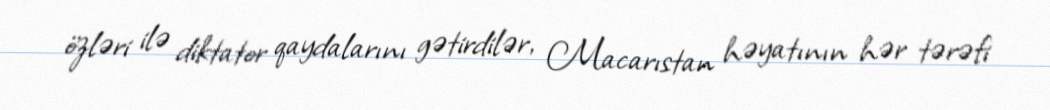
özləri ilə diktator qaydalarını gətirdilər, Macarıstan həyatının hər tərəfi